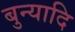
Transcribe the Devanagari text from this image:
बुन्यादि